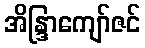
အိန္ဒြာကျော်ဇင်